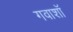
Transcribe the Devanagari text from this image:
गवाशॉ